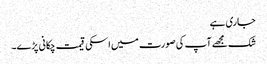
جاری ہے
شک مجھے آپ کی صورت میں اسکی قیمت چکانی پڑے۔